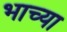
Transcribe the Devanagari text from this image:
भाच्या